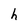
Character: h